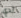
لدي